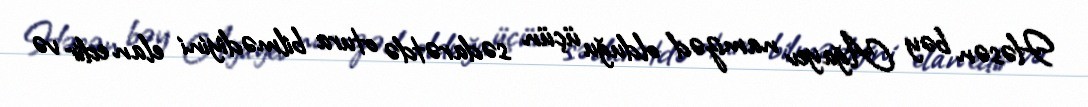
Həsən bəy Ağayev namizəd olduğu üçün sədarətdə otura bilmədiyini elan edir və